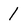
Character: 1